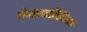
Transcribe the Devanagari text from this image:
रंगाव्यतिरिक्त